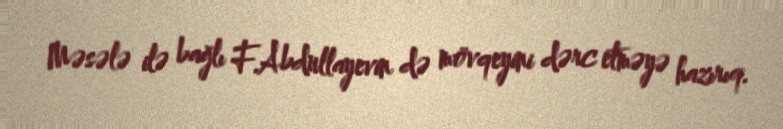
Məsələ ilə bağlı F.Abdullayevin də mövqeyini dərc etməyə hazırıq.